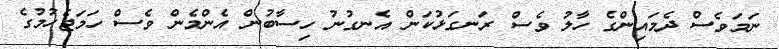
ނަމަވެސް ދެމައިންގެ ހާލު ވެސް ރަނގަޅުކަން އެނގުނު ހިސާބުން އެންމެން ވެސް ހަމަޖެހުމުގެ